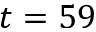
t = 5 9